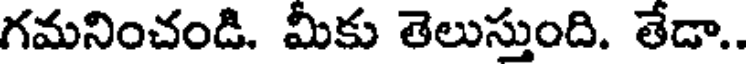
గమనించండి. మీకు తెలుస్తుంది. తేడా..